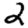
Digit: 2